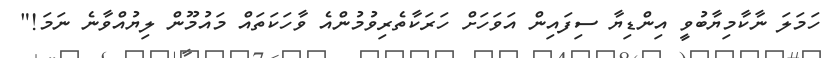
ހަމަލަ ނާކާމިޔާބުވީ އިންޑިޔާ ސިފައިން އަވަހަށް ހަރަކާތެރިވުމުންއެ ވާހަކަތައް މައުމޫން ލިޔުއްވާނެ ނަމަ!"